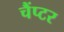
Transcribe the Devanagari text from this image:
चैंप्टर